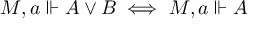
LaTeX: M , a \Vdash A \lor B \iff M , a \Vdash A